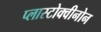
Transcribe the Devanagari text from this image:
प्लास्टोक्वीनोन